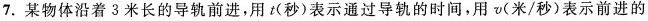
7.某物体沿着3米长的导轨前进，用t(秒)表示通过导轨的时间，用v(米/秒)表示前进的